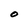
Character: O